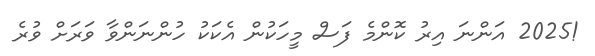
!2025 އަންނަ އިރު ކޮންމެ ފަސް މީހަކުން އެކަކު ހުންނަންވާ ވަރަށް ވުރެ